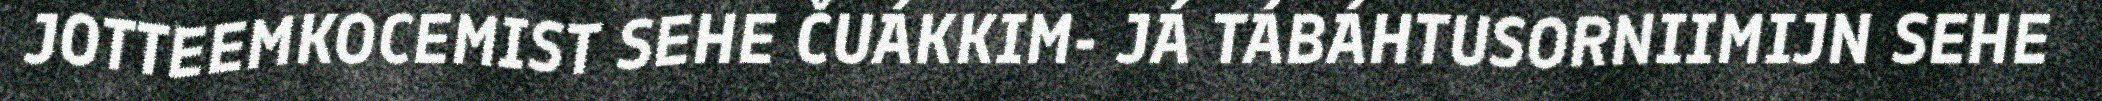
JOTTEEMKOCEMIST SEHE ČUÁKKIM- JÁ TÁBÁHTUSORNIIMIJN SEHE